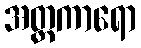
အတ္တကာရော